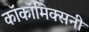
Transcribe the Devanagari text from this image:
काॅकॉमिक्सनी